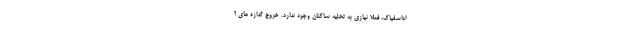
اداسفیاک، فعلا نیازی به تخلیه ساکنان وجود ندارد. خروج گدازه های آ